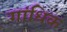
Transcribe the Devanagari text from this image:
गांधिक